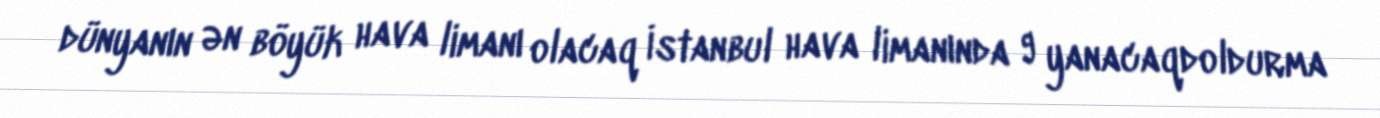
dünyanın ən böyük hava limanı olacaq İstanbul hava limanında 9 yanacaqdoldurma